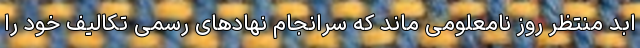
ابد منتظر روز نامعلومی ماند که سرانجام نهاد‌های رسمی تکالیف خود را